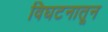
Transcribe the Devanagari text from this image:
विघटनातून